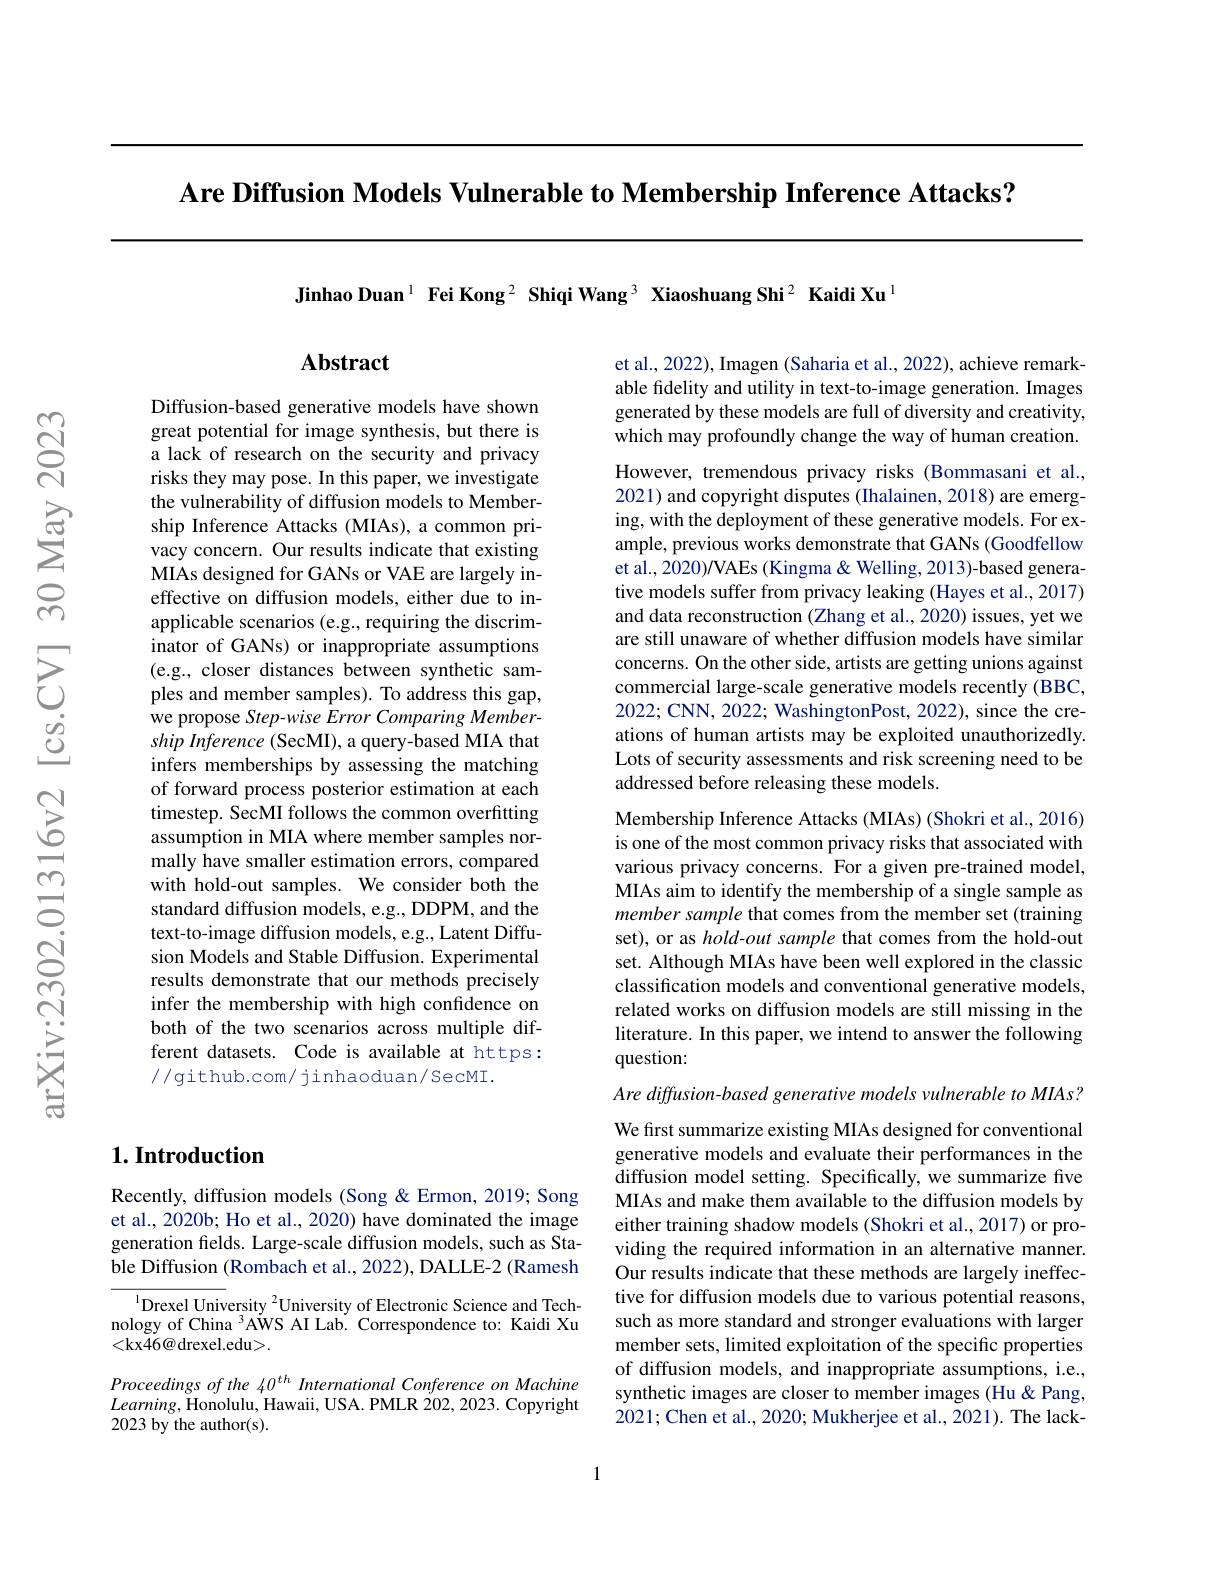
Are Diffusion Models Vulnerable to Membership Inference Attacks?

Jinhao Duan$^1$ Fei Kong$^2\textbf{Shiqi Wang}^3\textbf{ Xiaoshuang Shi}^2\textbf{ Kaidi Xu}^{1}$

### $1. \textbf{Introduction}$

Recently, diffusion models (Song & Ermon, 2019; Song et al., 2020b; Ho et al., 2020) have dominated the image generation fields. Large-scale diffusion models, such as Stable Diffusion (Rombach et al., 2022), DALLE-2 (Ramesh

${^{1}\text{Drexel University}^{2}\text{University of Electronic Science and Tech-}}$ nology of China $^3$AWS AI Lab. Correspondence to: Kaidi Xu <kx46@ drexel.edu>.

Proceedings of the 40$^{th}$ International Conference on Machine $Learning$,Honolulu, Hawaii, USA. PMLR 202, 2023. Copyright 2023 by the author(s).

## Abstract

Diffusion-based generative models have shown great potential for image synthesis, but there is a lack of research on the security and privacy risks they may pose. In this paper, we investigate the vulnerability of diffusion models to Membership Inference Attacks (MIAs), a common privacy concern. Our results indicate that existing MIAs designed for GANs or VAE are largely ineffective on diffusion models, either due to inapplicable scenarios (e.g., requiring the discriminator of GANs) or inappropriate assumptions (e.g., closer distances between synthetic samples and member samples). To address this gap, we propose Step-wise Error Comparing Membership Inference (SecMI), a query-based MIA that infers memberships by assessing the matching of forward process posterior estimation at each timestep. SecMI follows the common overfitting assumption in MIA where member samples normally have smaller estimation errors, compared with hold-out samples. We consider both the standard diffusion models, e.g., DDPM, and the text-to-image diffusion models, e.g., Latent Diffusion Models and Stable Diffusion. Experimental results demonstrate that our methods precisely infer the membership with high confidence on both of the two scenarios across multiple different datasets. Code is available at https: //github.com/ jinhaoduan/ SecMI.

et al., 2022), Imagen (Saharia et al., 2022), achieve remarkable fidelity and utility in text-to-image generation. Images generated by these models are full of diversity and creativity, which may profoundly change the way of human creation.

However, tremendous privacy risks (Bommasani et al., 2021) and copyright disputes (Ihalainen, 2018) are emerging, with the deployment of these generative models. For example, previous works demonstrate that GANs (Goodfellow et al., 2020)/VAEs (Kingma & Welling, 2013)-based generative models suffer from privacy leaking (Hayes et al., 2017) and data reconstruction (Zhang et al., 2020) issues, yet we are still unaware of whether diffusion models have similar concerns. On the other side, artists are getting unions against commercial large-scale generative models recently (BBC, 2022; CNN, 2022; WashingtonPost, 2022), since the creations of human artists may be exploited unauthorizedly Lots of security assessments and risk screening need to be addressed before releasing these models.

Membership Inference Attacks (MIAs) (Shokri et al., 2016) is one of the most common privacy risks that associated with various privacy concerns. For a given pre-trained model, MIAs aim to identify the membership of a single sample as member sample that comes from the member set (training set), or as hold-out sample that comes from the hold-out set. Although MIAs have been well explored in the classic classification models and conventional generative models, related works on diffusion models are still missing in the literature. In this paper, we intend to answer the following question:
Are diffusion-based generative models vulnerable to MIAs? We first summarize existing MIAs designed for conventional generative models and evaluate their performances in the diffusion model setting. Specifically, we summarize five MIAs and make them available to the diffusion models by either training shadow models (Shokri et al., 2017) or providing the required information in an alternative manner. Our results indicate that these methods are largely ineffective for diffusion models due to various potential reasons, such as more standard and stronger evaluations with larger member sets, limited exploitation of the specific properties of diffusion models, and inappropriate assumptions, i.e., synthetic images are closer to member images (Hu &Pang,

2021; Chen et al., 2020; Mukherjee et al., 2021). The lack-

1